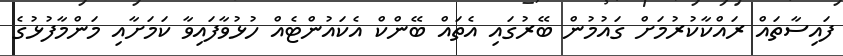
ފައިސާތައް ރައްކާކުރުމަށް ގައުމުން ބޭރުގައި އެތައް ބޭންކް އެކައުންޓެއް ހުޅުވާފައިވާ ކަމަށާއި މަންމާފުޅުގެ